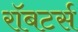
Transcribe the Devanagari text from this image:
रॉबटर्स